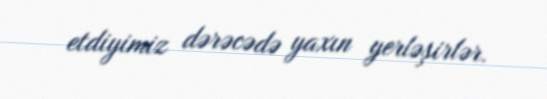
etdiyimiz dərəcədə yaxın yerləşirlər.